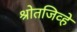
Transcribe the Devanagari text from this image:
श्रोतजिव्हे